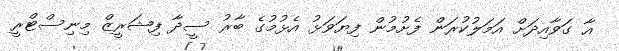
އާ ގަވާއިދަށް އަމަލުކުރަން ފެށުމުން ފިޔަވަޅު އެޅުމުގެ ބާރު ސީދާ ފިޝަރީޒް މިނިސްޓްރީ